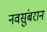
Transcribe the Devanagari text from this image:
नवसुंबरान